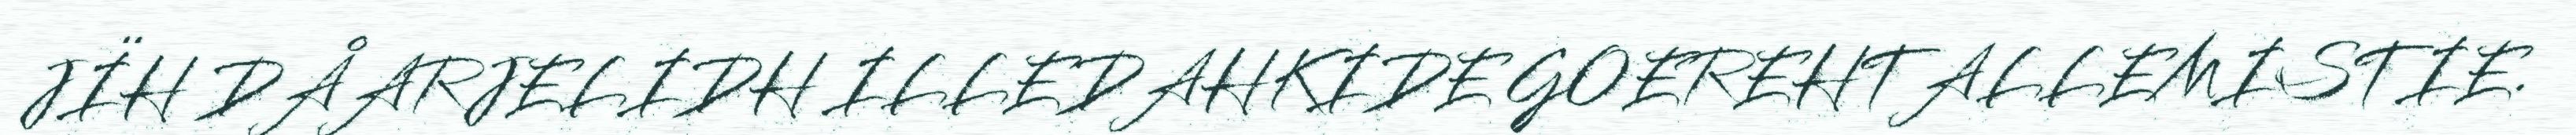
JÏH DÅARJELIDH ILLEDAHKIDE GOEREHTALLEMISTIE.